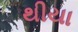
થીયા